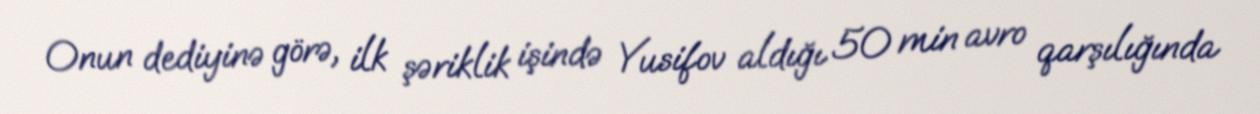
Onun dediyinə görə, ilk şəriklik işində Yusifov aldığı 50 min avro qarşılığında